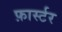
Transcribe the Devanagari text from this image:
फ़ार्स्टर